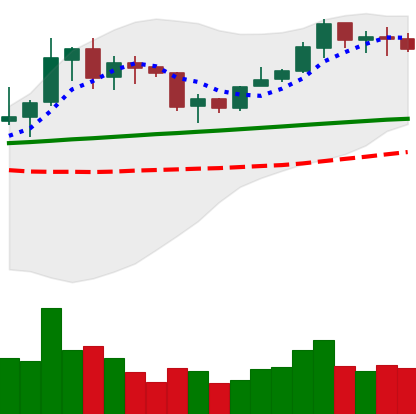
Ticker: LINK-USD
Chart end date: 2020-02-03
Forward return: 23.059%
Label: up_7plus